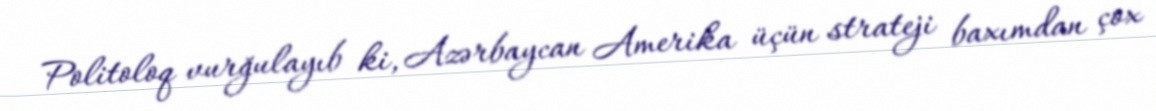
Politoloq vurğulayıb ki, Azərbaycan Amerika üçün strateji baxımdan çox